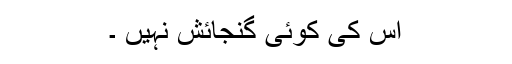
اس کی کوئی گنجائش نہیں ۔